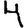
Digit: 4